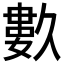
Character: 𱍿